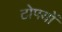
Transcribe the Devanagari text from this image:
टोपयों